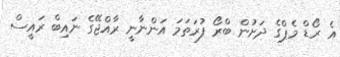
އެ ރޯޑް މެޕްގެ ދަށުން ބްރޯ ފުރަތަމަ އަންނާނީ ރާއްޖޭގެ ނައިބް ރައީސް